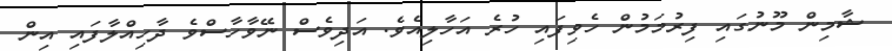
ޝާމިން މޫނުގައި ފިރުމަމުން ހެވިފައި ހުރެ އަހާލިއެވެ. އަދިވެސް ނޭވާހާސްވެ ދާހިއްލާފައި އިން